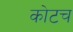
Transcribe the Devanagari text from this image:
कोटच